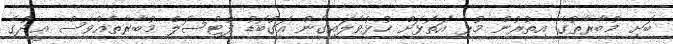
ބަށި މުބާރާތުގެ އިތުރުން މުޅި އަތޮޅަށް ހުޅުވާލައިގެން އަގުބޮޑު ފުޓްސަލް މުބާރާތެއްވެސް ޢީދުގެ